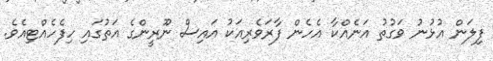
ފިލަން އުޅުނު ވަގުތު އަނެއްކާ އެހެން ފާރަވެރިއަކު އައިސް ނޫރީންގެ އަތުގައި ހިފެހެއްޓިއެވެ.